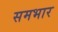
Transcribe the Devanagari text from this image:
समभार